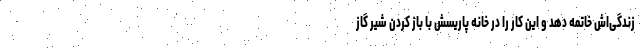
زندگی‌اش خاتمه دهد و این کار را در خانه پاریسش با باز کردن شیر گاز